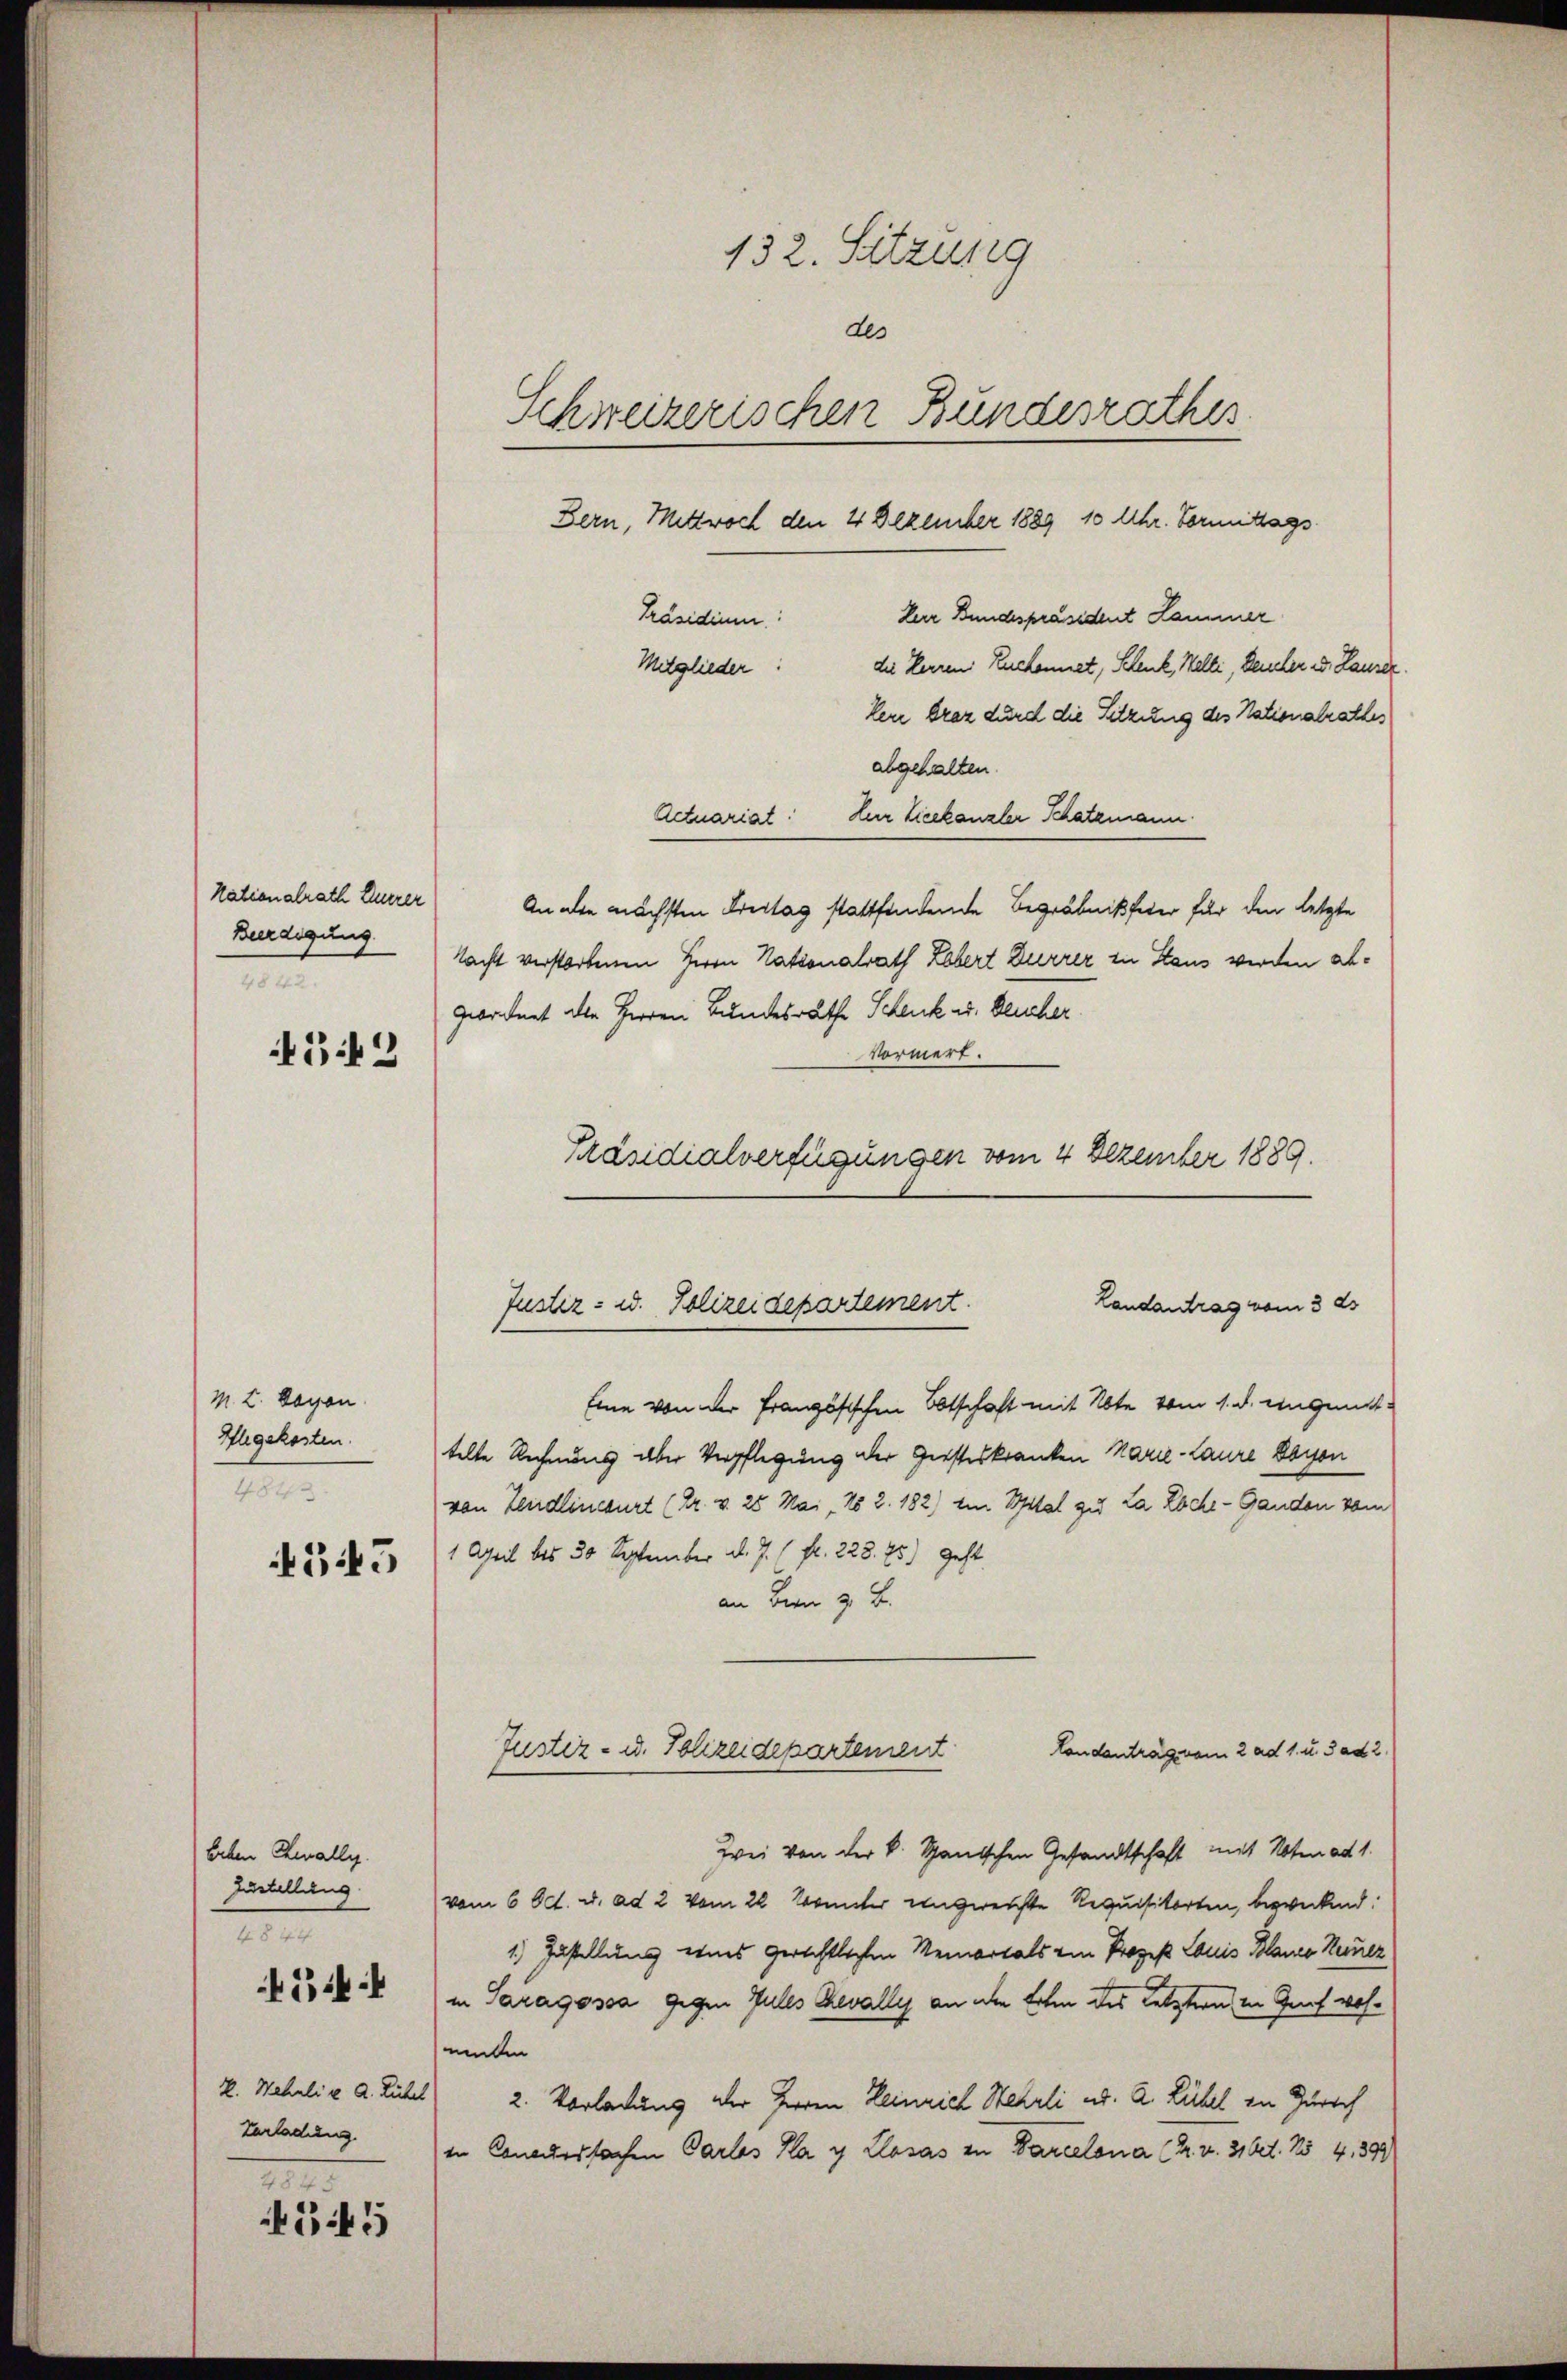
Nationalrath Euerer
Beerdigung
n
342

M. L. Sagen.
Ahgekosten.
482.

545

bechen Really.
Zustellung
48 44
k. Wehrli e d. Rühr
terladung.
e

G

345

Der Bundespräsident Kammer
Präsidium:
die Herren Zuckennet, Schenk, Welti, Deucher u. Laurer.
Mitglieder:
kere braz durd die Sitzung des Nationalrathes
abgehalten.
Actuariat. Der Lieekanzler Schatzmann.
An alte nächsten Freitag stattfindende Begräbnisfeier für den letzte
Nacht verstorbenen Herrn Nationalrath Lebert Dürrer zu Staus werden abgeordnet die Herren Bundesräthe Schenk u. Deucher.
Vormert.
Eine von der Französischen Botschaft mit Note vom 1. d. eingenittelte Rechnung aber Verpflegung der Geisteskranken Marie-Laure Esson
von Leidlinceurt (Dr. v. 28 Mai No 2. 182) ein Spital zu La Loche - Ganden vom
1 April bis 30 September d. J. (fl. 228. 75) geht.
an Bern z. B.
Justiz- u. Polizeidepartement
Landantrag vom 2 ad 1. u. J ad 2.
Zwei von der k. Spanischen Gesandtschaft mit Noten ad 1.
vom 6 Oct. u. ad 2 vom 22. Sonnter eingereichte Requisitorten, bezweckend:
1.) Zustellung eines gerichtlichen Memortals von Prozeß Louis Blance Seiner
in Saragossa gegen Jules chevally an den Erben des Letztern in Graf wohmalen
2. Vorladung der Herren Heinrich Wehrli ed. 2. Lühel in Zürich
in Concurssachen Partes Kay Llosas zu Parcelona (Gr. v. 31 Oct. 154, 391

132. Sitzung
des
Schweizerischen Bundesrathes.
Bern, Mittwoch den 4 Dezember 1889 10 Uhr. Vormittags¬

Präsidialverfügungen vom 4 Dezember 1889.
Landantrag vom 3. ds
Justiz- u. Polizeidepartement.